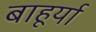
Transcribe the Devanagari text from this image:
बाहूर्या